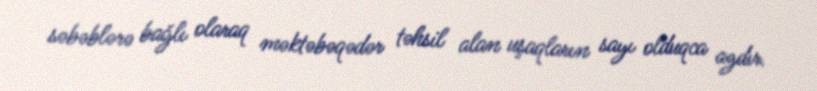
səbəblərə bağlı olaraq məktəbəqədər təhsil alan uşaqların sayı olduqca azdır.